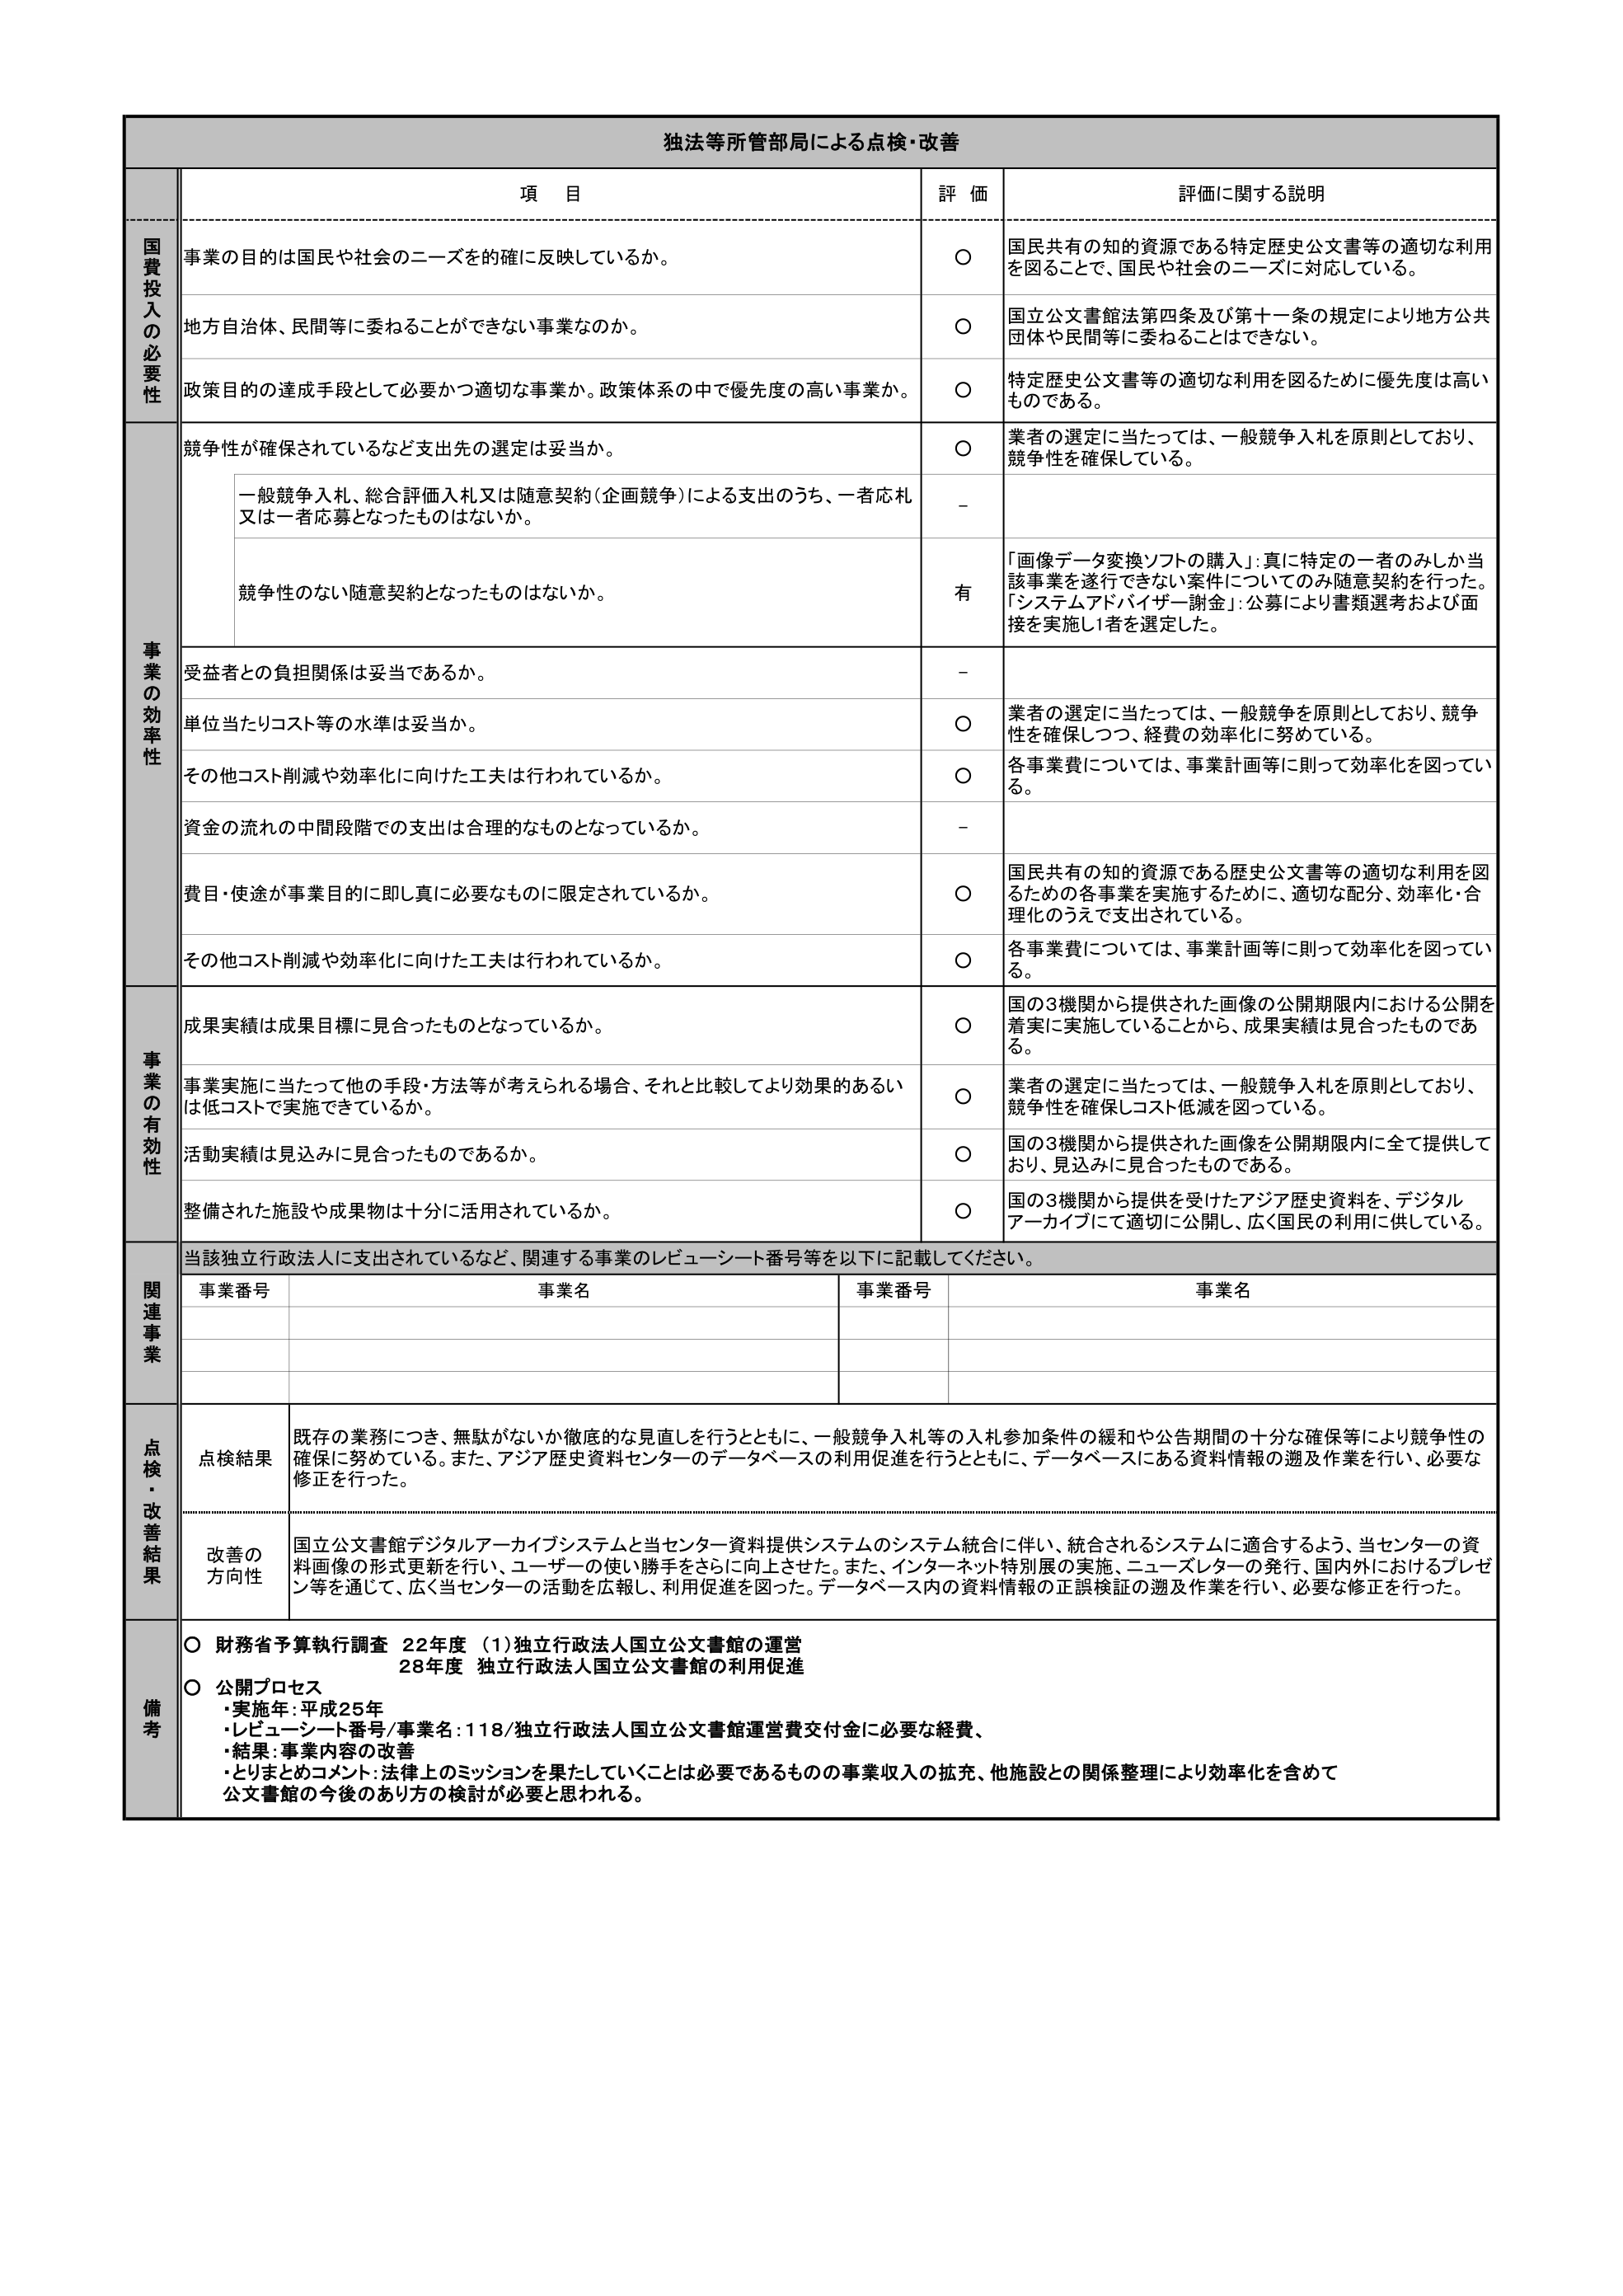
独法等所管部局による点検・改善

項 目
評 価
評価に関する説明

国費投入の必要性
事業の目的は国民や社会のニーズを的確に反映しているか。
○
国民共有の知的資源である特定歴史公文書等の適切な利用を図ることで、国民や社会のニーズに対応している。

地方自治体、民間等に委ねることができない事業なのか。
○
国立公文書館法第四条及び第十一条の規定により地方公共団体や民間等に委ねることはできない。

政策目的の達成手段として必要かつ適切な事業か。政策体系の中で優先度の高い事業か。
○
特定歴史公文書等の適切な利用を図るために優先度は高いものである。

事業の効率性
競争性が確保されているなど支出先の選定は妥当か。
○
業者の選定に当たっては、一般競争入札を原則としており、競争性を確保している。

一般競争入札、総合評価入札又は随意契約（企画競争）による支出のうち、一者応札又は一者応募となったものはないか。
-
競争性のない随意契約となったものはないか。
有
「画像データ変換ソフトの購入」：真に特定の一者のみしか当該事業を遂行できない案件についてのみ随意契約を行った。「システムアドバイザー謝金」：公募により書類選考および面接を実施し1者を選定した。

受益者との負担関係は妥当であるか。
-
単位当たりコスト等の水準は妥当か。
○
業者の選定に当たっては、一般競争を原則としており、競争性を確保しつつ、経費の効率化に努めている。

その他コスト削減や効率化に向けた工夫は行われているか。
○
各事業費については、事業計画等に則って効率化を図っている。

資金の流れの中間段階での支出は合理的なものとなっているか。
-
費目・使途が事業目的に即し真に必要なものに限定されているか。
○
国民共有の知的資源である歴史公文書等の適切な利用を図るための各事業を実施するために、適切な配分、効率化・合理化のうえで支出されている。

その他コスト削減や効率化に向けた工夫は行われているか。
○
各事業費については、事業計画等に則って効率化を図っている。

事業の有効性
成果実績は成果目標に見合ったものとなっているか。
○
国の3機関から提供された画像の公開期限内における公開を着実に実施していることから、成果実績は見合ったものである。

事業実施に当たって他の手段・方法等が考えられる場合、それと比較してより効果的あるいは低コストで実施できているか。
○
業者の選定に当たっては、一般競争入札を原則としており、競争性を確保しコスト低減を図っている。

活動実績は見込みに見合ったものであるか。
○
国の3機関から提供された画像を公開期限内に全て提供しており、見込みに見合ったものである。

整備された施設や成果物は十分に活用されているか。
○
国の3機関から提供を受けたアジア歴史資料を、デジタルアーカイブにて適切に公開し、広く国民の利用に供している。

関連事業
当該独立行政法人に支出されているなど、関連する事業のレビューーシート番号等を以下に記載してください。
事業番号
事業名
事業番号
事業名

点検・改善結果
点検結果
既存の業務につき、無駄がないか徹底的な見直しを行うとともに、一般競争入札等の入札参加条件の緩和や公告期間の十分な確保等により競争性の確保に努めている。また、アジア歴史資料センターのデータベースの利用促進を行うとともに、データベースにある資料情報の遡及作業を行い、必要な修正を行った。

改善の方向性
国立公文書館デジタルアーカイブシステムと当センター資料提供システムのシステム統合に伴い、統合されるシステムに適合するよう、当センターの資料画像の形式更新を行い、ユーザーの使い勝手をさらに向上させた。また、インターネット特別展の実施、ニュースレターの発行、国内外におけるプレゼン等を通じて、広く当センターの活動を広報し、利用促進を図った。データベース内の資料情報の正誤検証の遡及作業を行い、必要な修正を行った。

備考
○ 財務省予算執行調査 22年度 （1）独立行政法人国立公文書館の運営
28年度 独立行政法人国立公文書館の利用促進
○ 公開プロセス
・実施年：平成25年
・レビューーシート番号/事業名：118/独立行政法人国立公文書館運営費交付金に必要な経費、
・結果：事業内容の改善
・とりまとめコメント：法律上のミッションを果たしていくことは必要であるものの事業収入の拡充、他施設との関係整理により効率化を含めて公文書館の今後のある方の検討が必要と思われる。